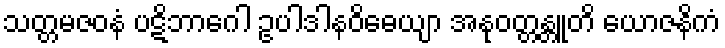
သတ္တမဇဝနံ ပဋိဘာဂေါ ဥပါဒါနဝိဓေယျာ အနုဝတ္တန္တူတိ ယောဇနိကံ